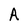
Character: A